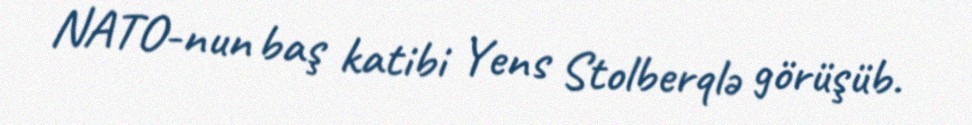
NATO-nun baş katibi Yens Stolberqlə görüşüb.